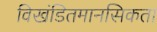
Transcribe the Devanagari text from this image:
विखंडितमानसिकता